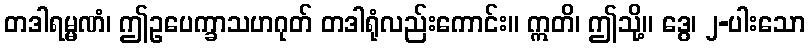
တဒါရမ္မဏံ၊ ဤဥပေက္ခာသဟဂုတ် တဒါရုံလည်းကောင်း။ ဣတိ၊ ဤသို့။ ဒွေ၊ ၂-ပါးသော